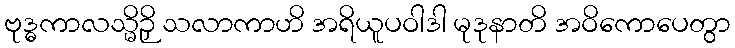
ဗုဒ္ဓကာလသ္မိဉှိ သလာကာဟိ အရိယူပဝါဒါ မုဒုနာတိ အဝိကောပေတွာ